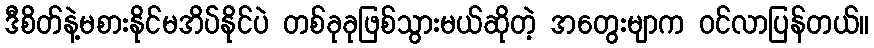
ဒီစိတ်နဲ့မစားနိုင်မအိပ်နိုင်ပဲ တစ်ခုခုဖြစ်သွားမယ်ဆိုတဲ့ အတွေးမျာက ဝင်လာပြန်တယ်။